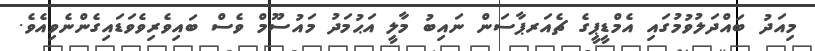
މިއަދު ބައްދަލުވުމުގައި އެމްޑީޕީގެ ޗެއަރޕާސަން ނައިބު މާލީ އަޙުމަދު މައުސޫމް ވެސް ބައިވެރިވެވަޑައިގެންނެވިއެވެ.